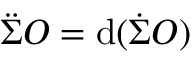
\Ddot { \Sigma } O = \mathrm { d } ( \Dot { \Sigma } O )